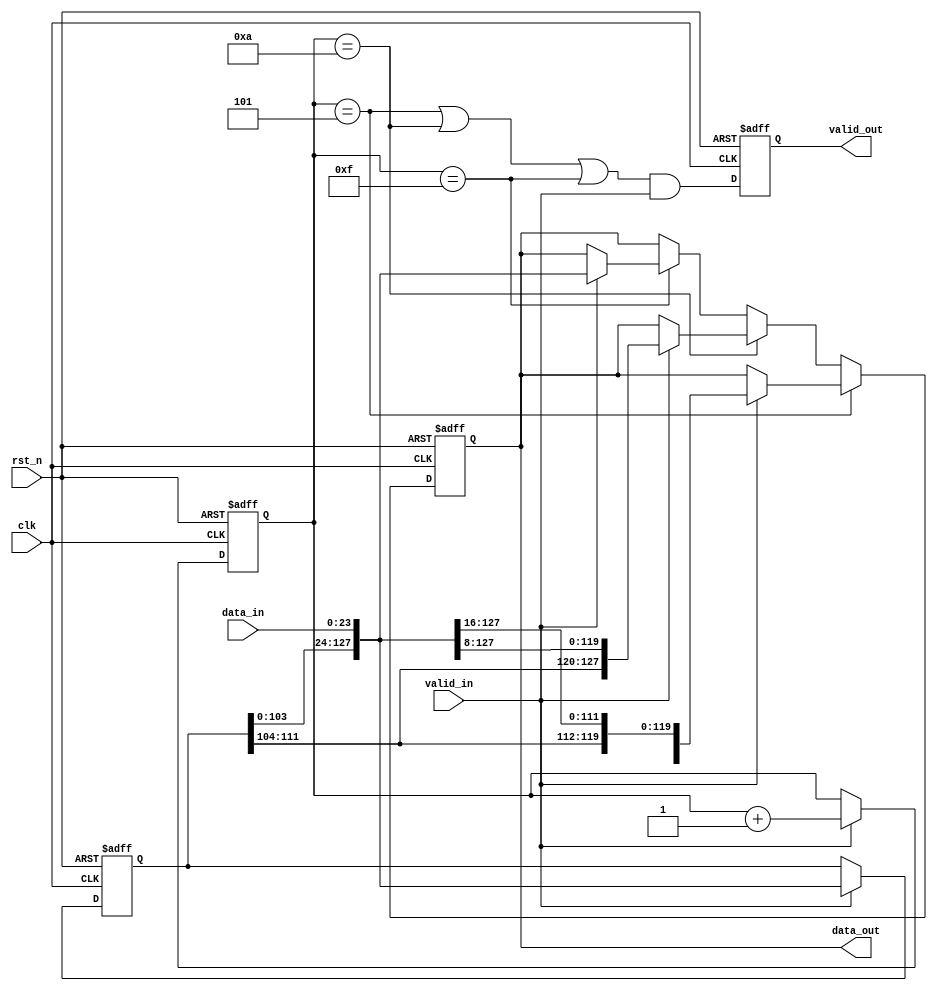
`timescale 1ns/1ns

module width_24to128(
	input 				clk 		,   
	input 				rst_n		,
	input				valid_in	,
	input	[23:0]		data_in		,
 
 	output	reg			valid_out	,
	output  reg [127:0]	data_out
);
    reg [3:0]   cnt;
    reg [127:0] data_lock;
    
    always@(posedge clk or negedge rst_n) begin
        if(~rst_n)
            cnt <= 0;
        else
            cnt <= ~valid_in? cnt:cnt+1;
    end
    
    always@(posedge clk or negedge rst_n) begin
        if(~rst_n)
            valid_out <= 0;
        else
            valid_out <= (cnt==5 || cnt==10 || cnt==15)&&valid_in;
    end
    
    always@(posedge clk or negedge rst_n) begin
        if(~rst_n)
            data_lock <= 0;
        else
            data_lock <= valid_in? {data_lock[103:0], data_in}: data_lock;
    end
    
    always@(posedge clk or negedge rst_n) begin
        if(~rst_n)
            data_out <= 0;
        else if(cnt==5)
            data_out <= valid_in? {data_lock[119:0], data_in[23:16]}: data_out;
        else if(cnt==10)
            data_out <= valid_in? {data_lock[111:0], data_in[23: 8]}: data_out;
        else if(cnt==15)
            data_out <= valid_in? {data_lock[103:0], data_in[23: 0]}: data_out;
        else
            data_out <= data_out;
    end
endmodule